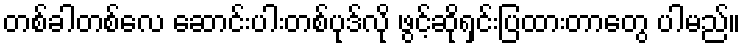
တစ်ခါတစ်လေ ဆောင်းပါးတစ်ပုဒ်လို ဖွင့်ဆိုရှင်းပြထားတာတွေ ပါမည်။